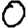
Digit: 0